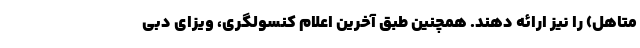
متاهل) را نیز ارائه دهند. همچنین طبق آخرین اعلام کنسولگری، ویزای دبی